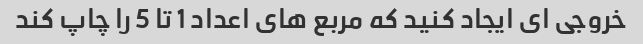
خروجی ای ایجاد کنید که مربع های اعداد 1 تا 5 را چاپ کند